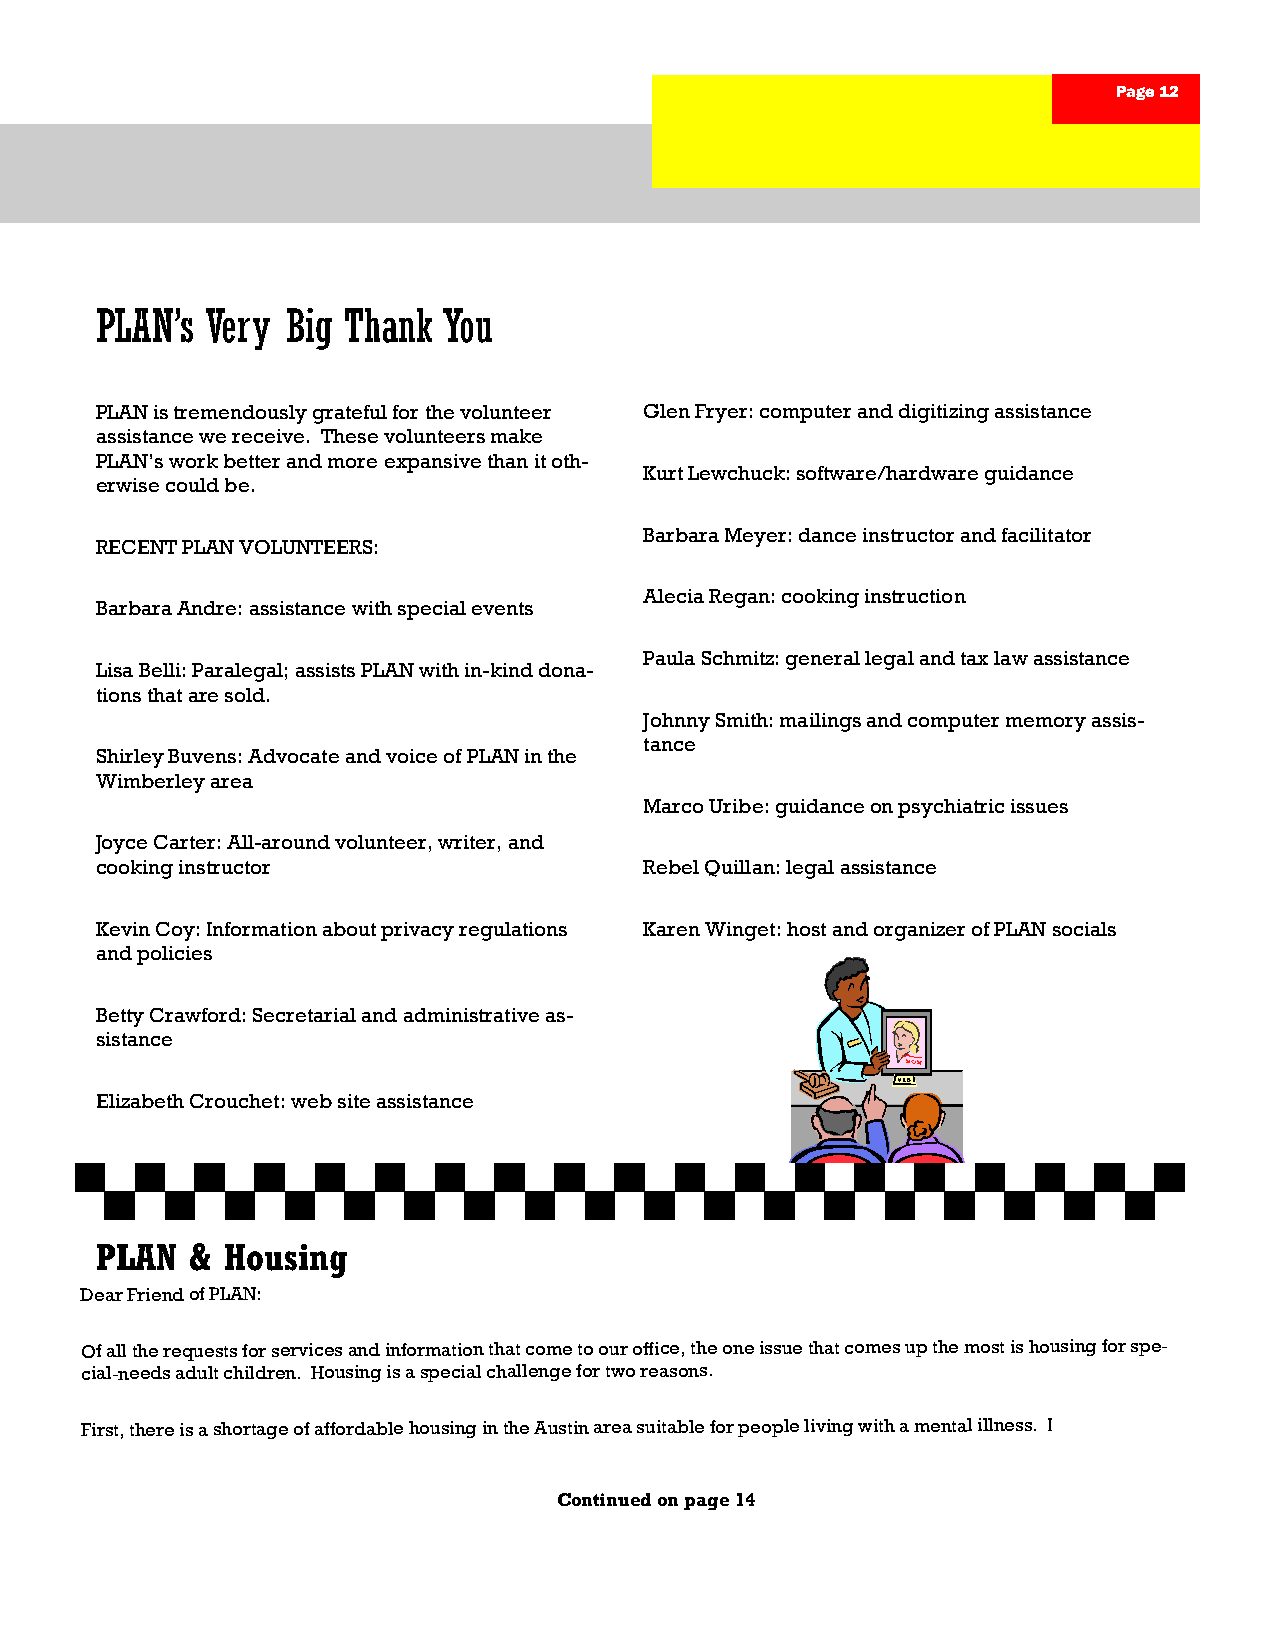
Page 12
 PLAN’s  Very Big Thank You
 PLAN is tremendously grateful for the volunteer Glen Fryer: computer and digitizing assistance
 assistance we receive. These volunteers make
 PLAN’s work better and more expansive than it oth-
 Kurt Lewchuck: software/hardware guidance
 erwise could be.
 Barbara Meyer: dance instructor and facilitator
 RECENT PLAN VOLUNTEERS:
 Alecia Regan: cooking instruction
 Barbara Andre: assistance with special events
 Paula Schmitz: general legal and tax law assistance
 Lisa Belli: Paralegal; assists PLAN with in-kind dona-
 tions that are sold.
 Johnny Smith: mailings and computer memory assis-
 tance
 Shirley Buvens: Advocate and voice of PLAN in the
 Wimberley area
 Marco Uribe: guidance on psychiatric issues
 Joyce Carter: All-around volunteer, writer, and
 cooking instructor                   Rebel Quillan: legal assistance
 Kevin Coy: Information about privacy regulations Karen Winget: host and organizer of PLAN socials
 and policies
 Betty Crawford: Secretarial and administrative as-
 sistance
 Elizabeth Crouchet: web site assistance
 PLAN   & Housing
 Dear Friend of PLAN:
 Of all the requests for services and information that come to our office, the one issue that comes up the most is housing for spe-
 cial-needs adult children. Housing is a special challenge for two reasons.
 First, there is a shortage of affordable housing in the Austin area suitable for people living with a mental illness. I
 Continued on page 14